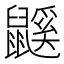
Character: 鼷